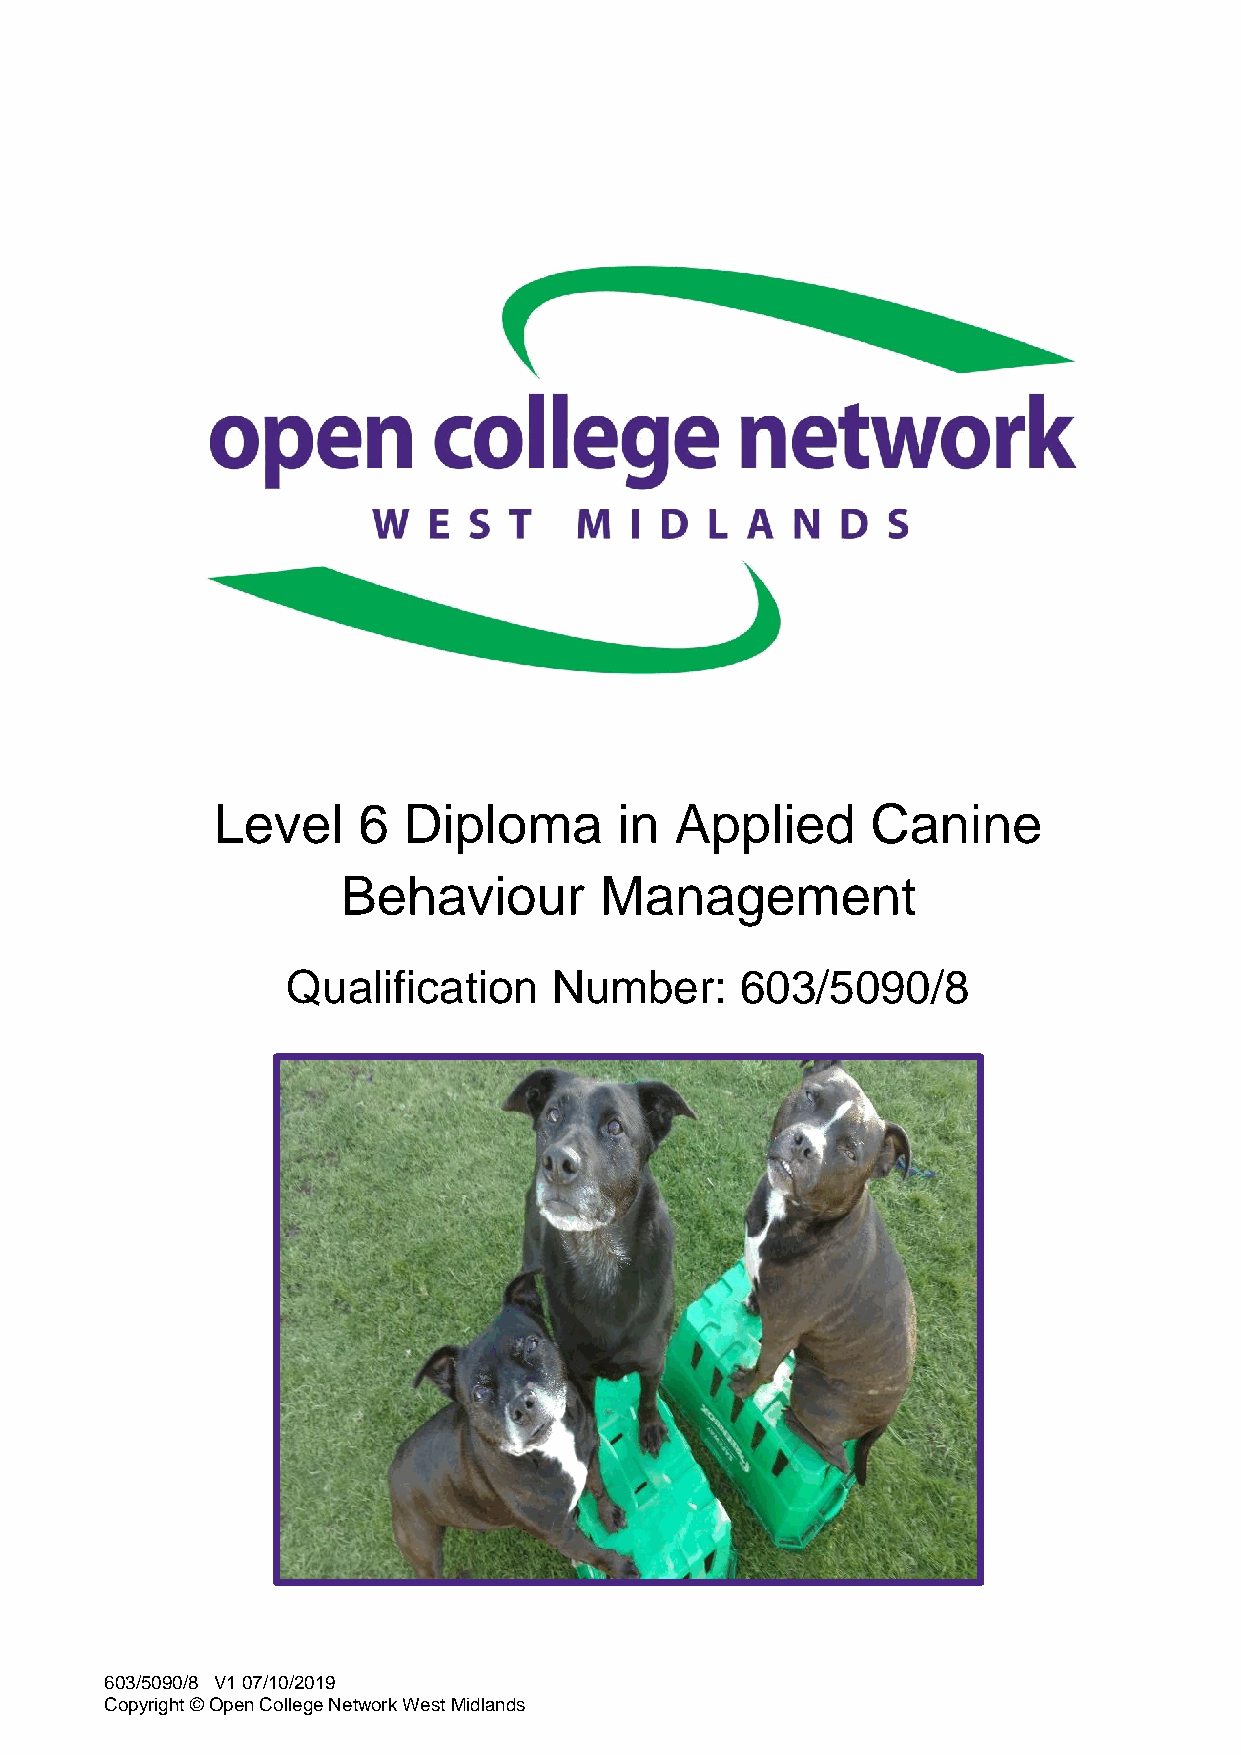
Level     6  Diploma       in  Applied      Canine
 Behaviour        Management
 Qualification    Number:      603/5090/8
 603/5090/8 V1 07/10/2019
 Copyright © Open College Network West Midlands